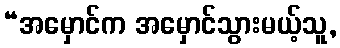
“အမှောင်က အမှောင်သွားမယ့်သူ,